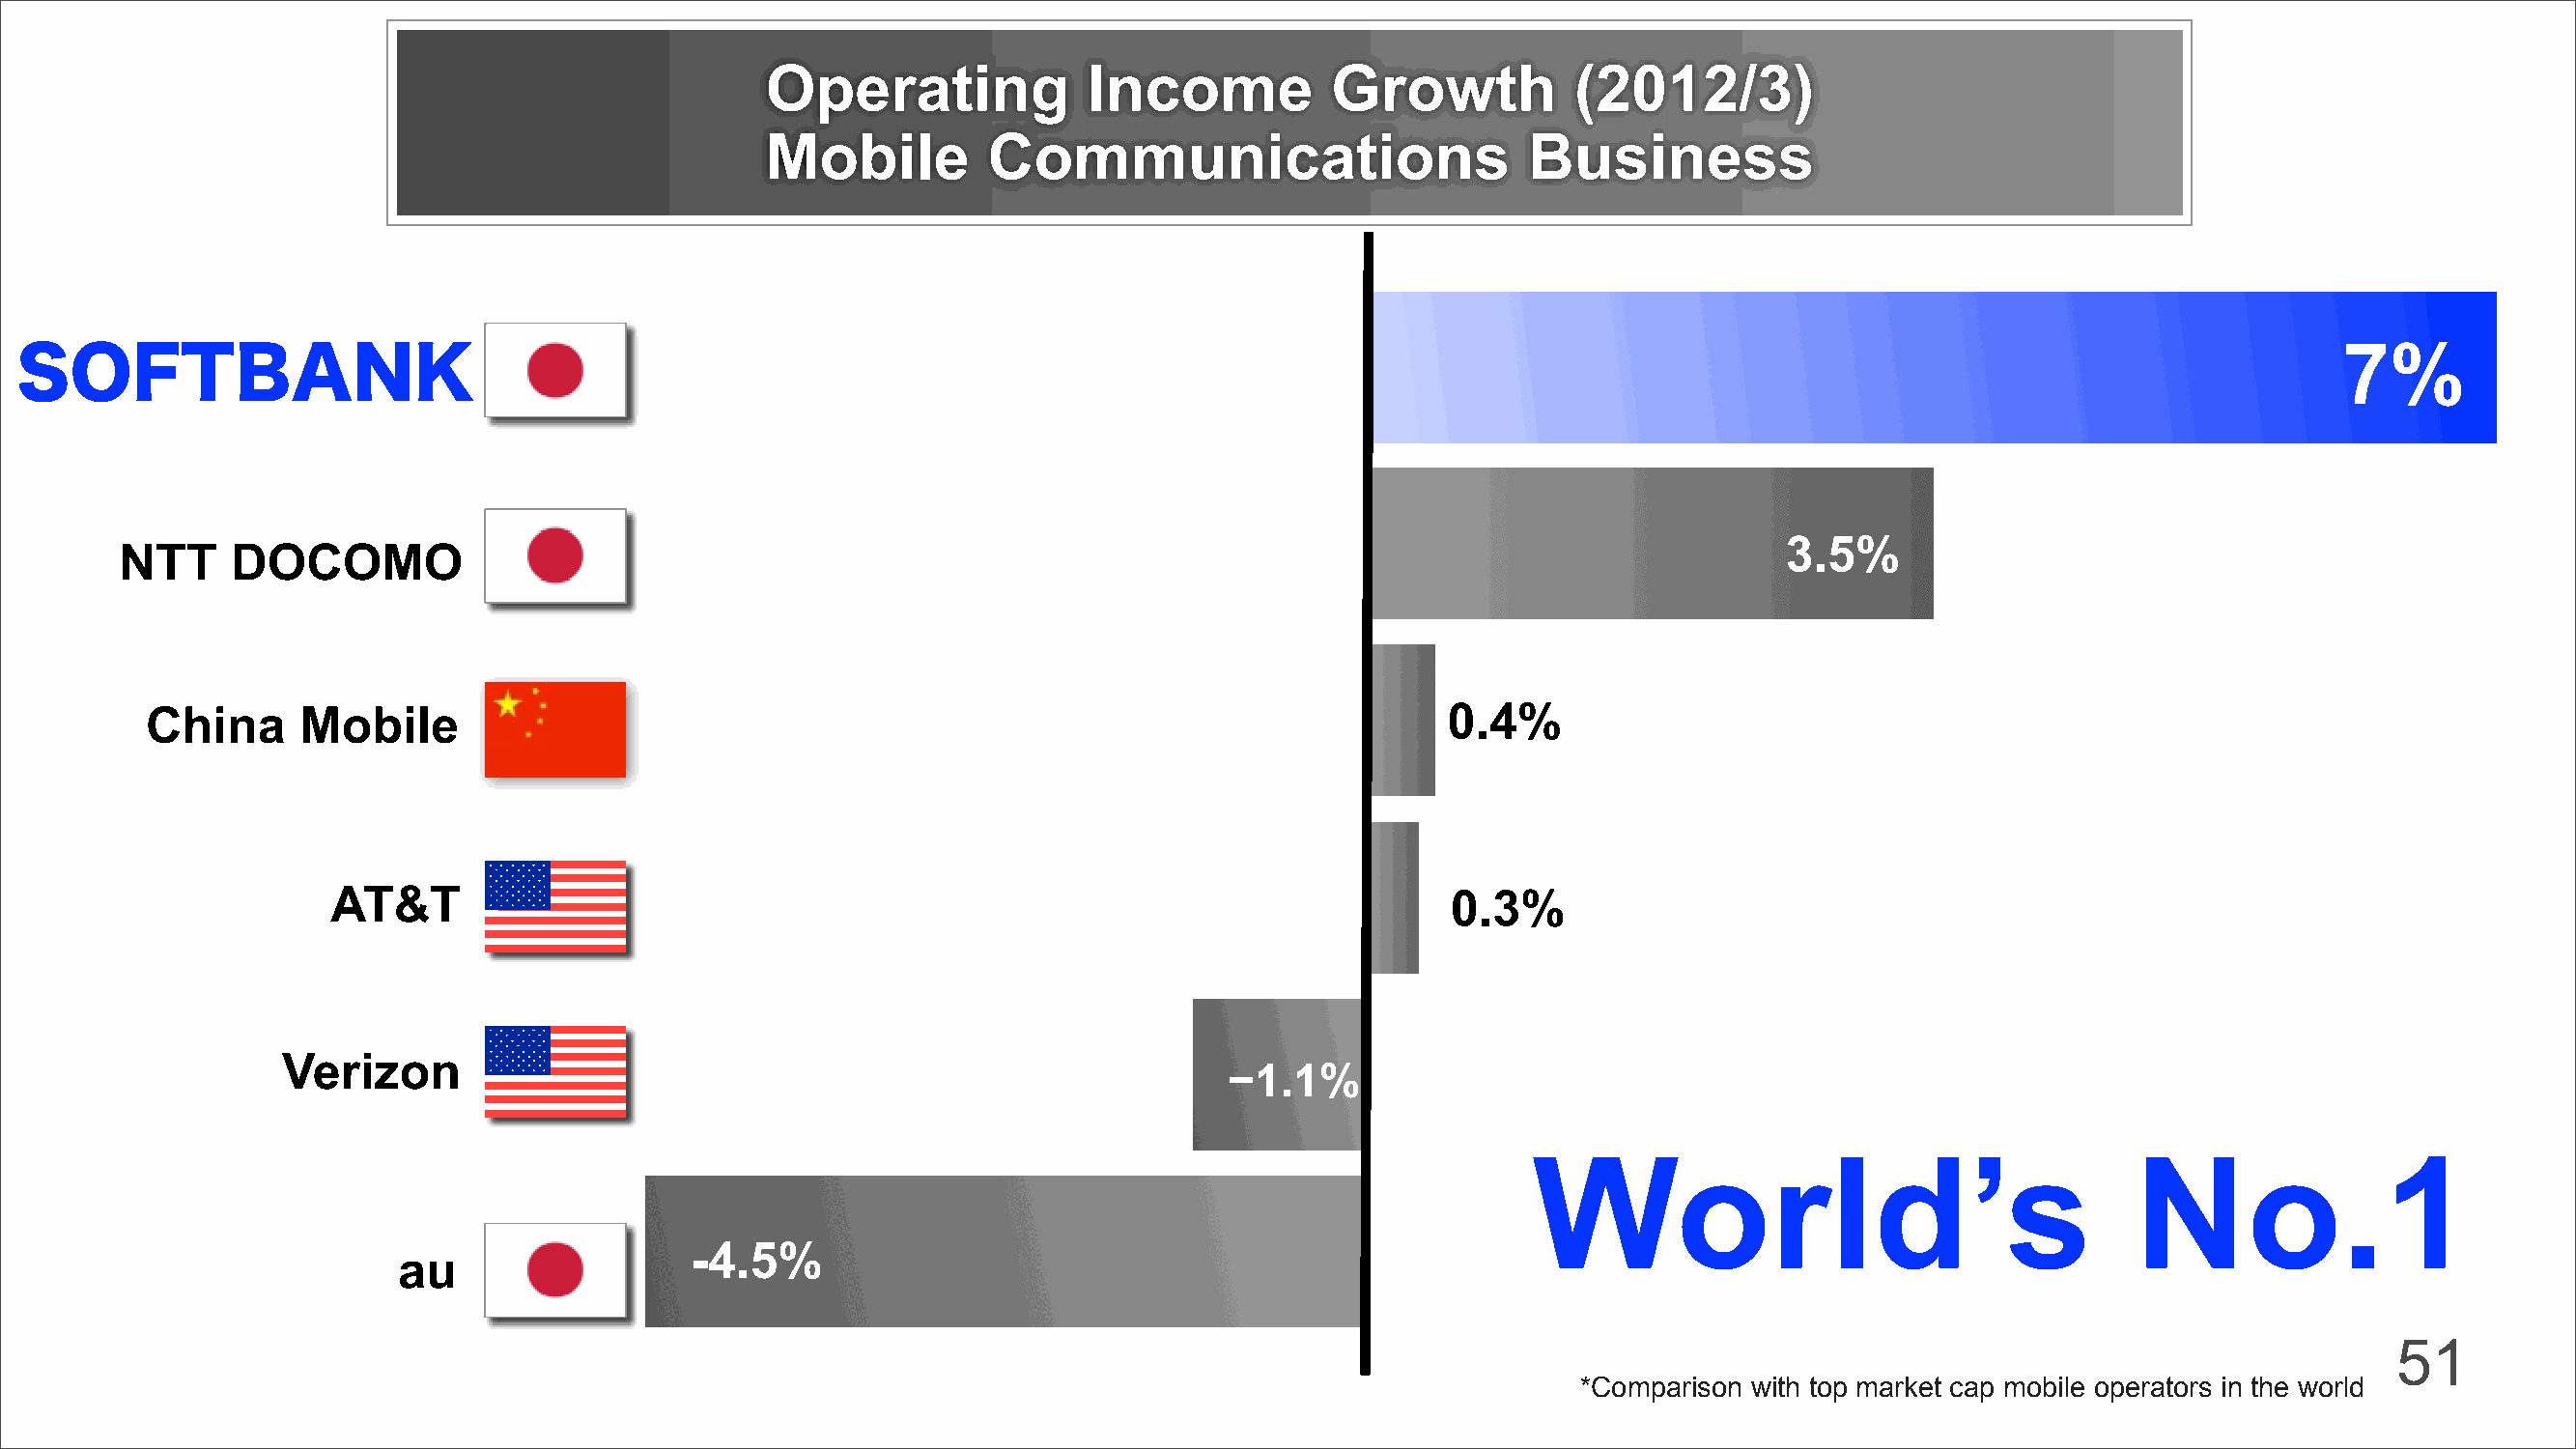
Operating              Income          Growth           (2012/3)
 Mobile          Communications                       Business
 7%
 SOFTBANK
 3.5%
 NTT     DOCOMO
 China      Mobile                                                                        0.4%
 AT&T                                                                        0.3%
 Verizon
 −1.1%
 World’s                                  No.1
 -4.5%
 au
 51
 *Comparison with top market cap mobile operators in the world